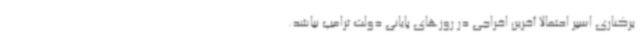
برکناری اسپر احتمالا آخرین اخراجی در روزهای پایانی دولت ترامپ نباشد.